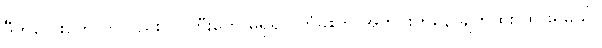
ဒီကလေးတွေ ကလည်း လူကြီးတွေ မရှိရင် တံခါးကို အတွင်းကနေ ချက်ထိုး ထားရမယ်။